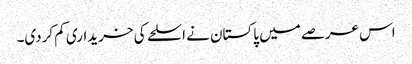
اس عرصے میں پاکستان نے اسلحے کی خریداری کم کردی۔